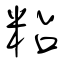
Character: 粘